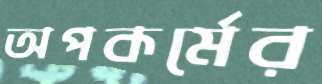
অপকর্মের